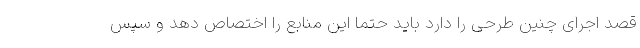
قصد اجرای چنین طرحی را دارد باید حتما این منابع را اختصاص دهد و سپس